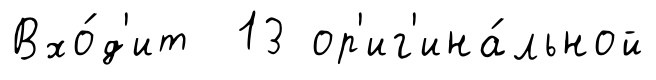
Вхо́д'ит 13 ор'иг'ина́льной